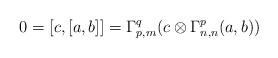
LaTeX: \begin{align*} 0 = [c,[a,b]] = \Gamma^q_{p,m}(c\otimes\Gamma^p_{n,n}(a,b)) \end{align*}